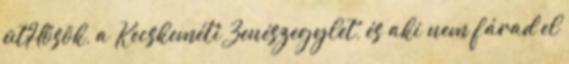
ütHősök, a Kecskeméti Zenészegylet, és aki nem fárad el